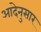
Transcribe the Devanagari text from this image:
आदेनुसार